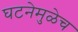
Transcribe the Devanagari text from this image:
घटनेमुळेच